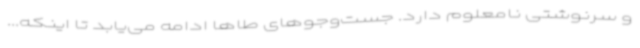
و سرنوشتی نامعلوم دارد. جست‌وجوهای طاها ادامه می‌یابد تا اینکه...